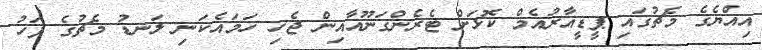
އިއްޔެގެ މެޗުގައި ޕީޑީއާރުއެމް ކޮޅަށް ޓެރެންގަނޫއާއިން ޖެހި ހަމައެކަނި ލަނޑު މެޗުގެ ފަހު